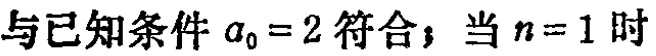
与已知条件 \(a_{0}=2\) 符合；当 \(n = 1\) 时